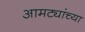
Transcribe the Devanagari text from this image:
आमट्यांच्या